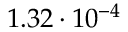
1 . 3 2 \cdot 1 0 ^ { - 4 }